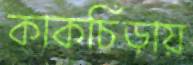
কাকচিঁড়ায়